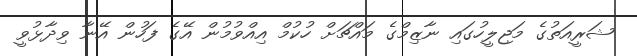
ޝަރީއަތުގެ މަޖިލީހުގައި ނާޒިމްގެ މައްޗަށް ހުކުމް އިއްވުމުން އޭގެ ފަހުން އޭނާ ވިދާޅުވީ